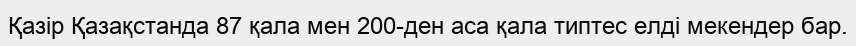
Қазір Қазақстанда 87 қала мен 200-ден аса қала типтес елді мекендер бар.